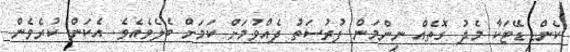
ކެންޑިޑޭޓަކާ މެދު ގޮތެއް ނިންމަން ފުރުސަތު ދެއްވުމަށް ކަމަށް ބެލެވެއެވެ. އެކަން ކުރެވެން